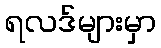
ရလဒ်များမှာ